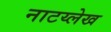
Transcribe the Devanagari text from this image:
नाटय्लेख